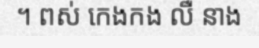
។ ពស់ កេងកង លឺ នាង